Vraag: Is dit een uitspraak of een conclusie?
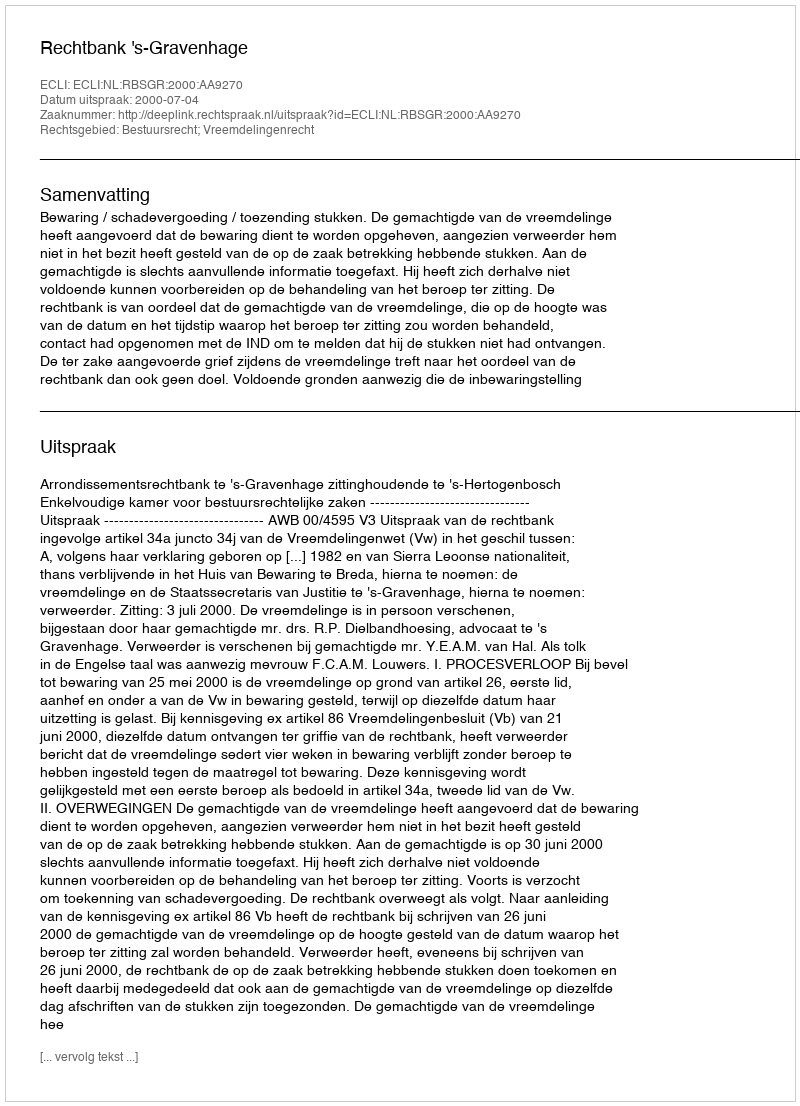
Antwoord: Uitspraak